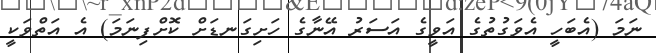
ނަމަ (އެބަހީ އެވަގުތުގެ އަވީގެ އަސަރު އޭނާގެ ހަށިގަނޑަށް ކޮށްފިނަމަ) އެ އަތްވަކީ